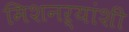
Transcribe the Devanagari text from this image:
मिशनऱ्यांशी